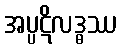
အပ္ပဋိလဒ္ဓဿ